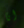
انا